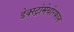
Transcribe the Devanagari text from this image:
डेक्स्ट्रोमेथोरफान